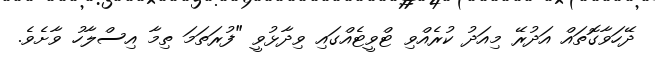
ދޭހަވާގޮތައް އަދުރޭ މިއަދު ކުރެއްވި ޓްވީޓެއްގައި ވިދާޅުވީ "ފުރަތަމަ ތިމާ އިސްލާހު ވާށެވެ.